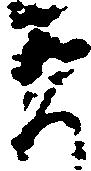
者